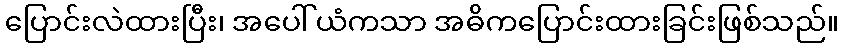
ပြောင်းလဲထားပြီး၊ အပေါ်ယံကသာ အဓိကပြောင်းထားခြင်းဖြစ်သည်။